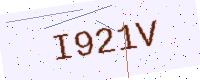
Text: I921V